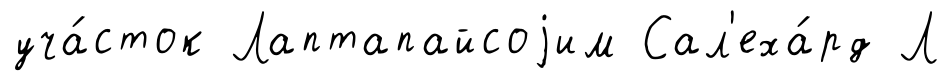
уча́сток Лаптапайсоjим Сал'еха́рд Л